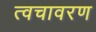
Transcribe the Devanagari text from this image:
त्वचावरण